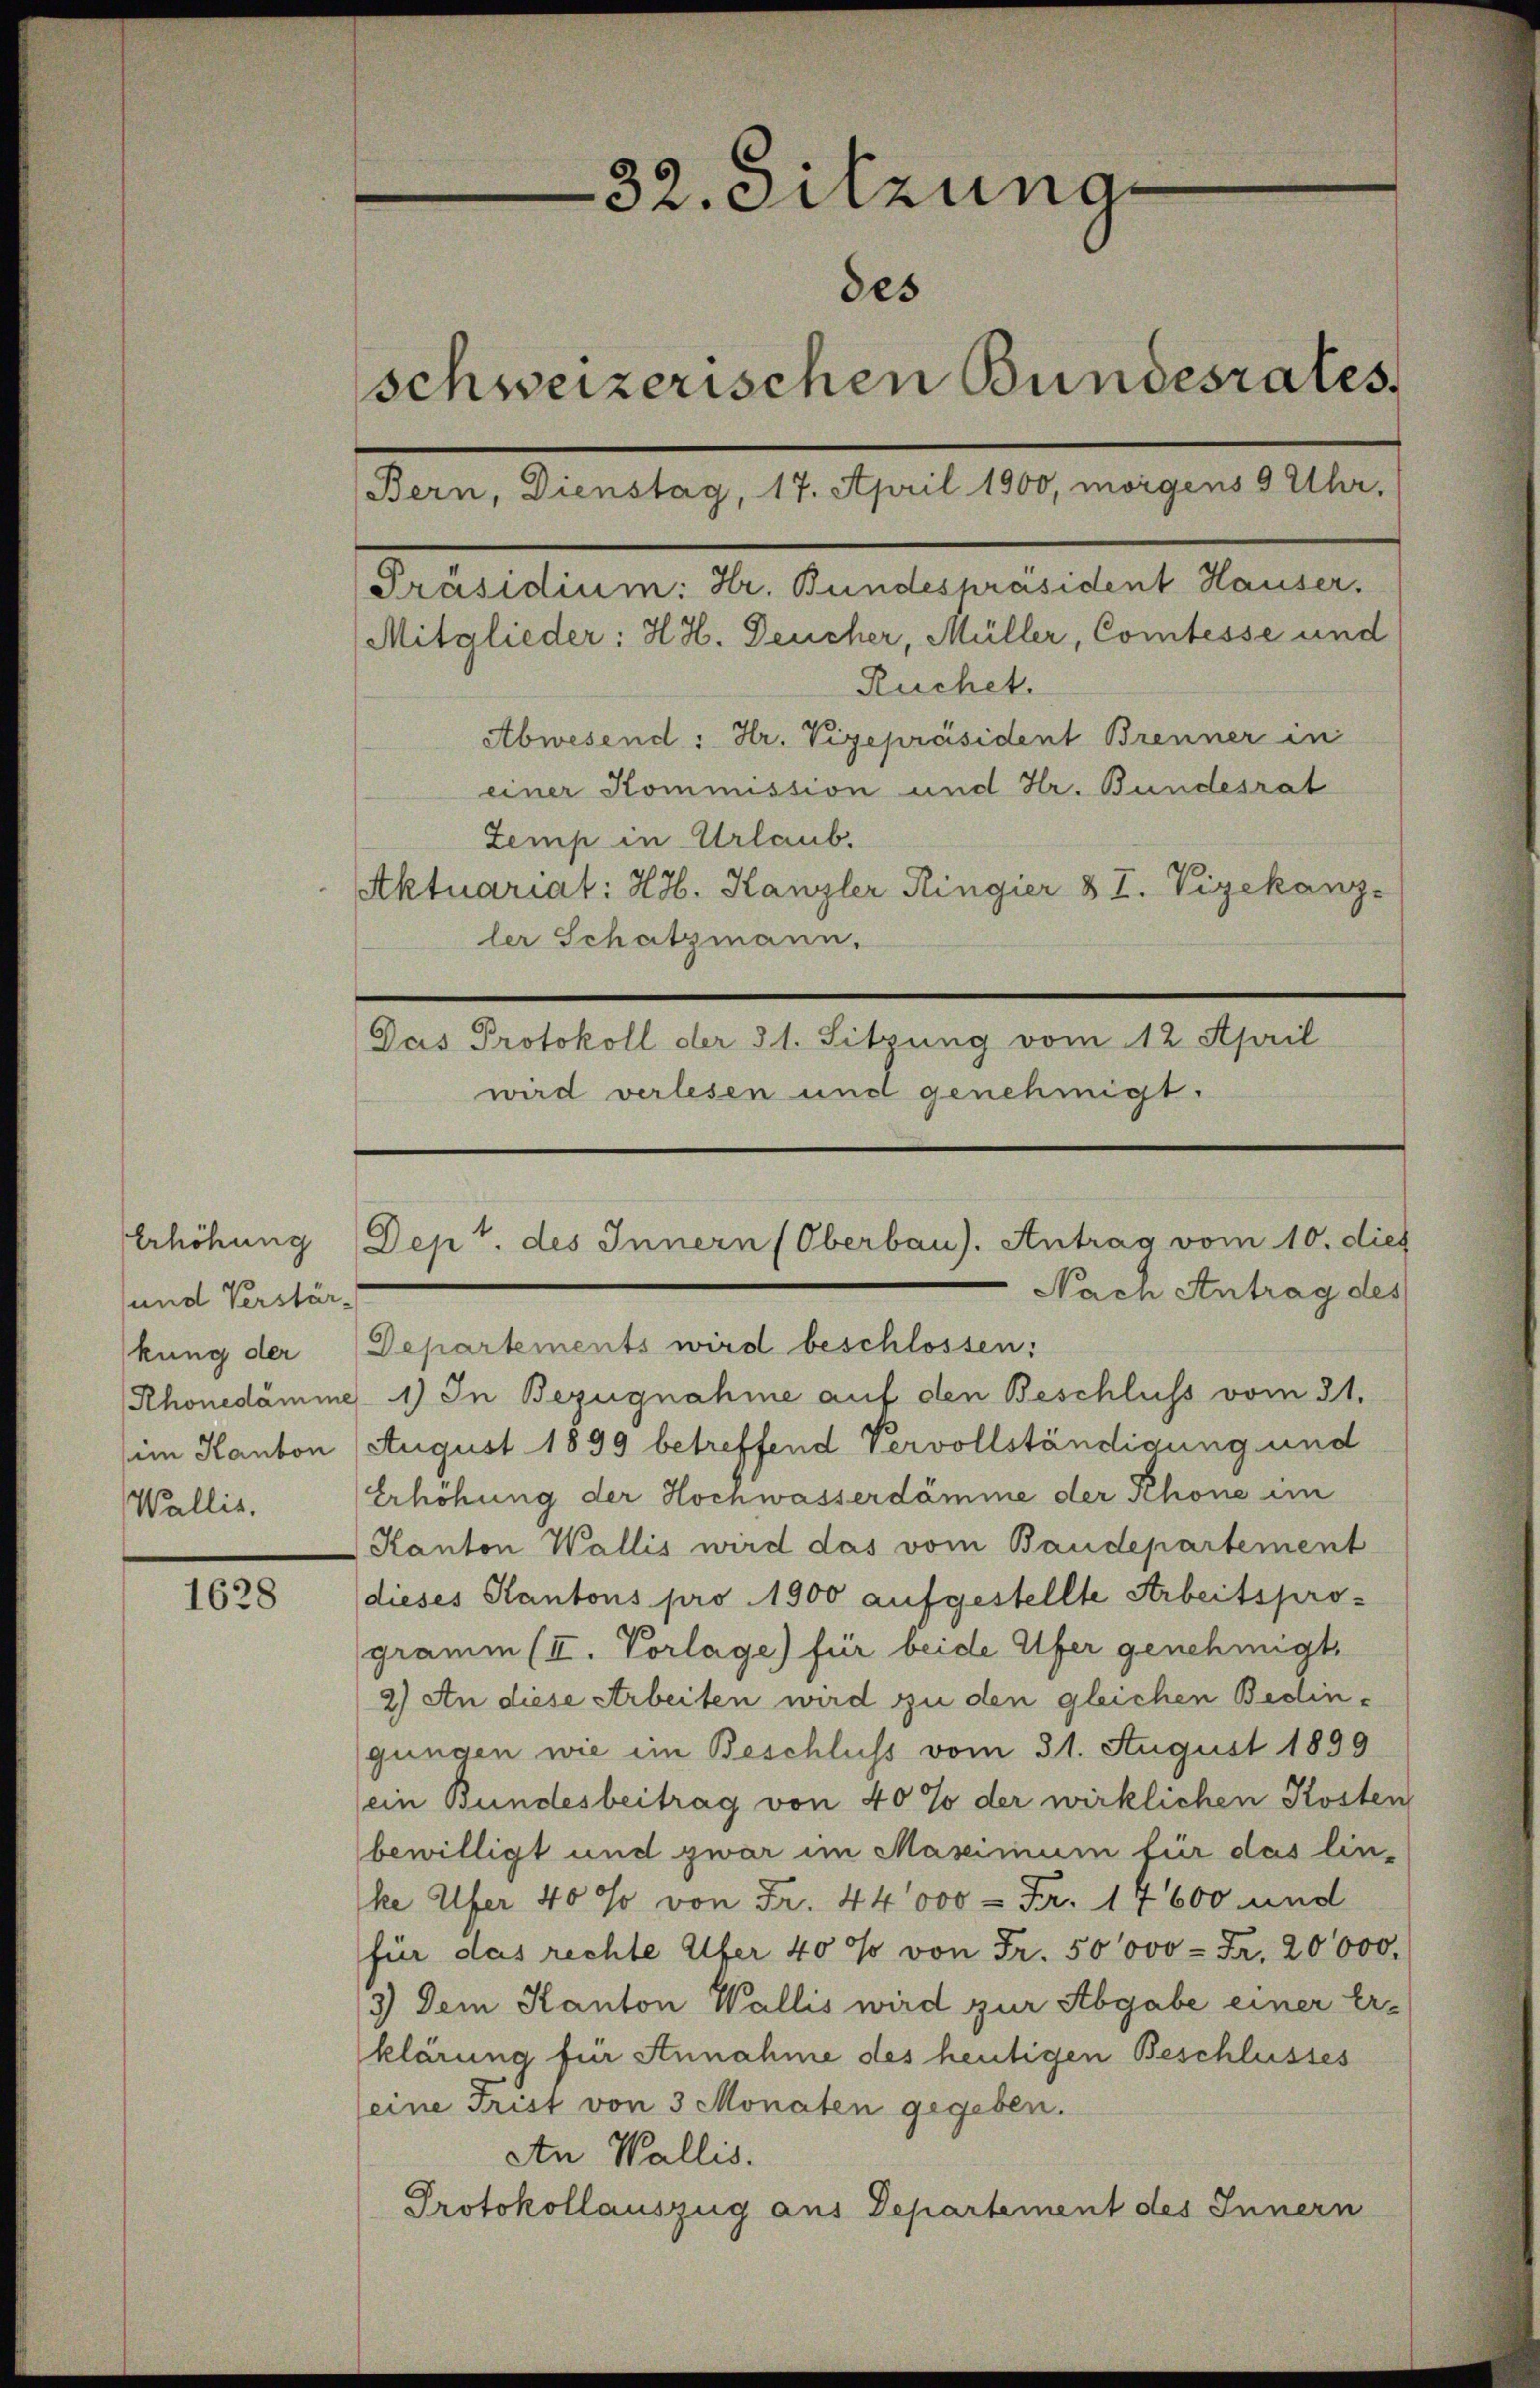
1628

Erhöhung
sund Verstärkung der
im Kanton
Wallis.

32. Sitzung
des
schweizerischen Bundesrates,
(Bern, Dienstag, 17. April 1900, morgens 9 Uhr.

Präsidium: Hr. Bundespräsident Hauser.
Mitglieder: H. H. Deucher, Müller, Comtesse und
Ruchet.
Abwesend: Hr. Vigepräsident Brenner in
einer Kommission und Hr. Bundesrat
Zemp in Urlaub.
Aktuariat: HH. Kanzler Ringier § I. Vizekanz-
ler Schatzmann.
Das Protokoll der 31. Sitzung vom 12 April
wird verlesen und genehmigt.

Rhonedämme 1) In Bezugnahme auf den Beschluss vom 21.
August 1899 betreffend Vervollständigung und
Erhöhung der Hochwasserdämme der Schöne im
Kanton Wallis wird das vom Baudepartement
dieses Kantons pro 1900 aufgestellte Arbeitsprogramm (II. Vorlage) für beide Ufer genehmigt
2.) An diese Arbeiten wird zu den gleichen Bedingungen wie im Beschluss vom 31. August 1899
(ein Bundesbeitrag von 40% der wirklichen Kosten
bewilligt und zwar im Massimum für das linke Ufer 40 so von Fr. 44000 = Fr. 14600 und
für das rechte Ufer 40 so von Fr. 50000 - Fr. 20000.
3.) Dem Kanton Wallis wird zur Abgabe einer Er-
klärung für Annahme des heutigen Beschlusses
(eine Frist von 3 Monaten gegeben.
An Wallis.
Protokollauszug aus Departement des Innern

Dept. des Innern (Oberbau). Antrag vom 10. dies
Nach Antrag des
Departements wird beschlossen: